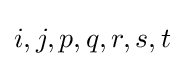
i,j,p,q,r,s,t